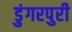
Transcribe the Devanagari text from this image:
डुंगरपुरी